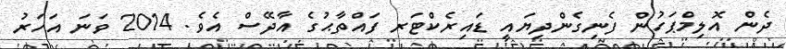
ދެން އޮލިމްޕަހުން ފެނިގެންދިޔައީ ޑައިރެކްޓަރ ފައްތާޙުގެ އާދޭސް އެވެ. 2014 ވަނަ އަހަރު